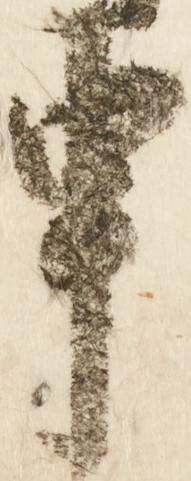
申